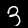
Label: 3